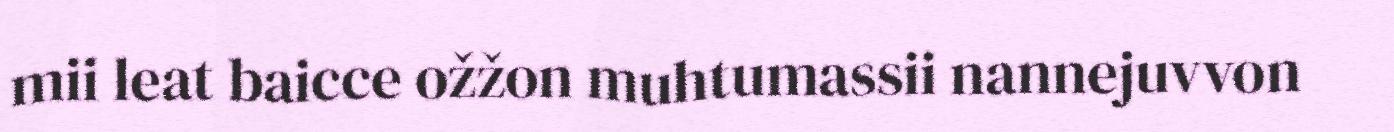
mii leat baicce ožžon muhtumassii nannejuvvon